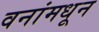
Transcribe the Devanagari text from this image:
वनांमधून